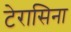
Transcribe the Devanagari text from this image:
टेरासिना